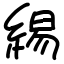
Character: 緆